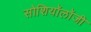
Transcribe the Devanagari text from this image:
सोशियॉलॉजी